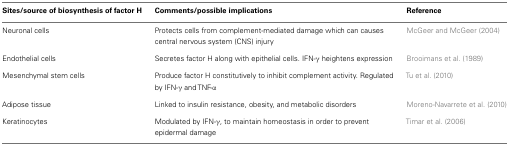
<table><thead><tr><td><b>Sites/source of biosynthesis of factor H</b></td><td><b>Comments/possible implications</b></td><td><b>Reference</b></td></tr></thead><tbody><tr><td>Neuronal cells</td><td>Protects cells from complement-mediated damage which can causes central nervous system (CNS) injury</td><td>McGeer and McGeer (2004)</td></tr><tr><td>Endothelial cells</td><td>Secretes factor H along with epithelial cells. IFN-γ heightens expression</td><td>Brooimans et al. (1989)</td></tr><tr><td>Mesenchymal stem cells</td><td>Produce factor H constitutively to inhibit complement activity. Regulated by IFN-γ and TNF-α</td><td>Tu et al. (2010)</td></tr><tr><td>Adipose tissue</td><td>Linked to insulin resistance, obesity, and metabolic disorders</td><td>Moreno-Navarrete et al. (2010)</td></tr><tr><td>Keratinocytes</td><td>Modulated by IFN-γ, to maintain homeostasis in order to prevent epidermal damage</td><td>Timar et al. (2006)</td></tr></tbody></table>